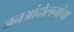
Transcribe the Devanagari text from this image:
जनआंदोलनांचा